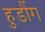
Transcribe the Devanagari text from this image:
हुडौंग